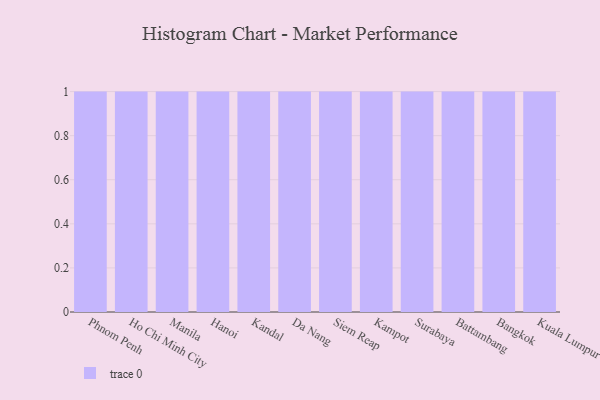
{"axis": {"x": "City", "y": "Market Share (%)"}, "legend": [""], "data": [{"x": "Phnom Penh", "y": 63, "type": ""}, {"x": "Ho Chi Minh City", "y": 49, "type": ""}, {"x": "Manila", "y": 13, "type": ""}, {"x": "Hanoi", "y": 79, "type": ""}, {"x": "Kandal", "y": 22, "type": ""}, {"x": "Da Nang", "y": 48, "type": ""}, {"x": "Siem Reap", "y": 11, "type": ""}, {"x": "Kampot", "y": 30, "type": ""}, {"x": "Surabaya", "y": 30, "type": ""}, {"x": "Battambang", "y": 24, "type": ""}, {"x": "Bangkok", "y": 88, "type": ""}, {"x": "Kuala Lumpur", "y": 14, "type": ""}]}